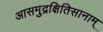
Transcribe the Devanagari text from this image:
आसमुद्रक्षितिसानाम्